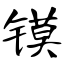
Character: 镆